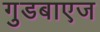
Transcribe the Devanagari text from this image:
गुडबाएज